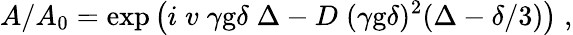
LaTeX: A/A_{0}=\exp\left(i\; v\; \gamma\mathrm{g}\delta\; \Delta-D\; (\gamma\mathrm{g}\delta)^{2}(\Delta-\delta/3)\right)\; ,